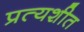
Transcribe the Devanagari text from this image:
प्रत्यशीत